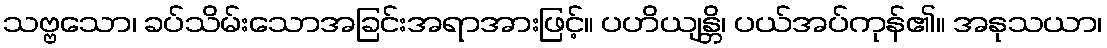
သဗ္ဗသော၊ ခပ်သိမ်းသောအခြင်းအရာအားဖြင့်။ ပဟိယျန္တိ၊ ပယ်အပ်ကုန်၏။ အနုသယာ၊